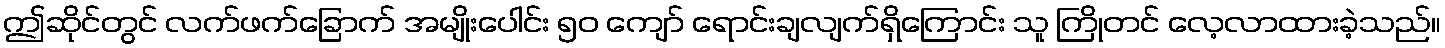
ဤဆိုင်တွင် လက်ဖက်ခြောက် အမျိုးပေါင်း ၅၀ ကျော် ရောင်းချလျက်ရှိကြောင်း သူ ကြိုတင် လေ့လာထားခဲ့သည်။